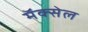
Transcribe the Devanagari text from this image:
मॅक्‍सेल